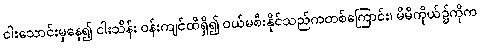
ငါးသောင်းမှနေ၍ ငါးသိန်း ဝန်းကျင်ထိရှိ၍ ဝယ်မစီးနိုင်သည်ကတစ်ကြောင်း၊ မိမိကိုယ်၌ကိုက